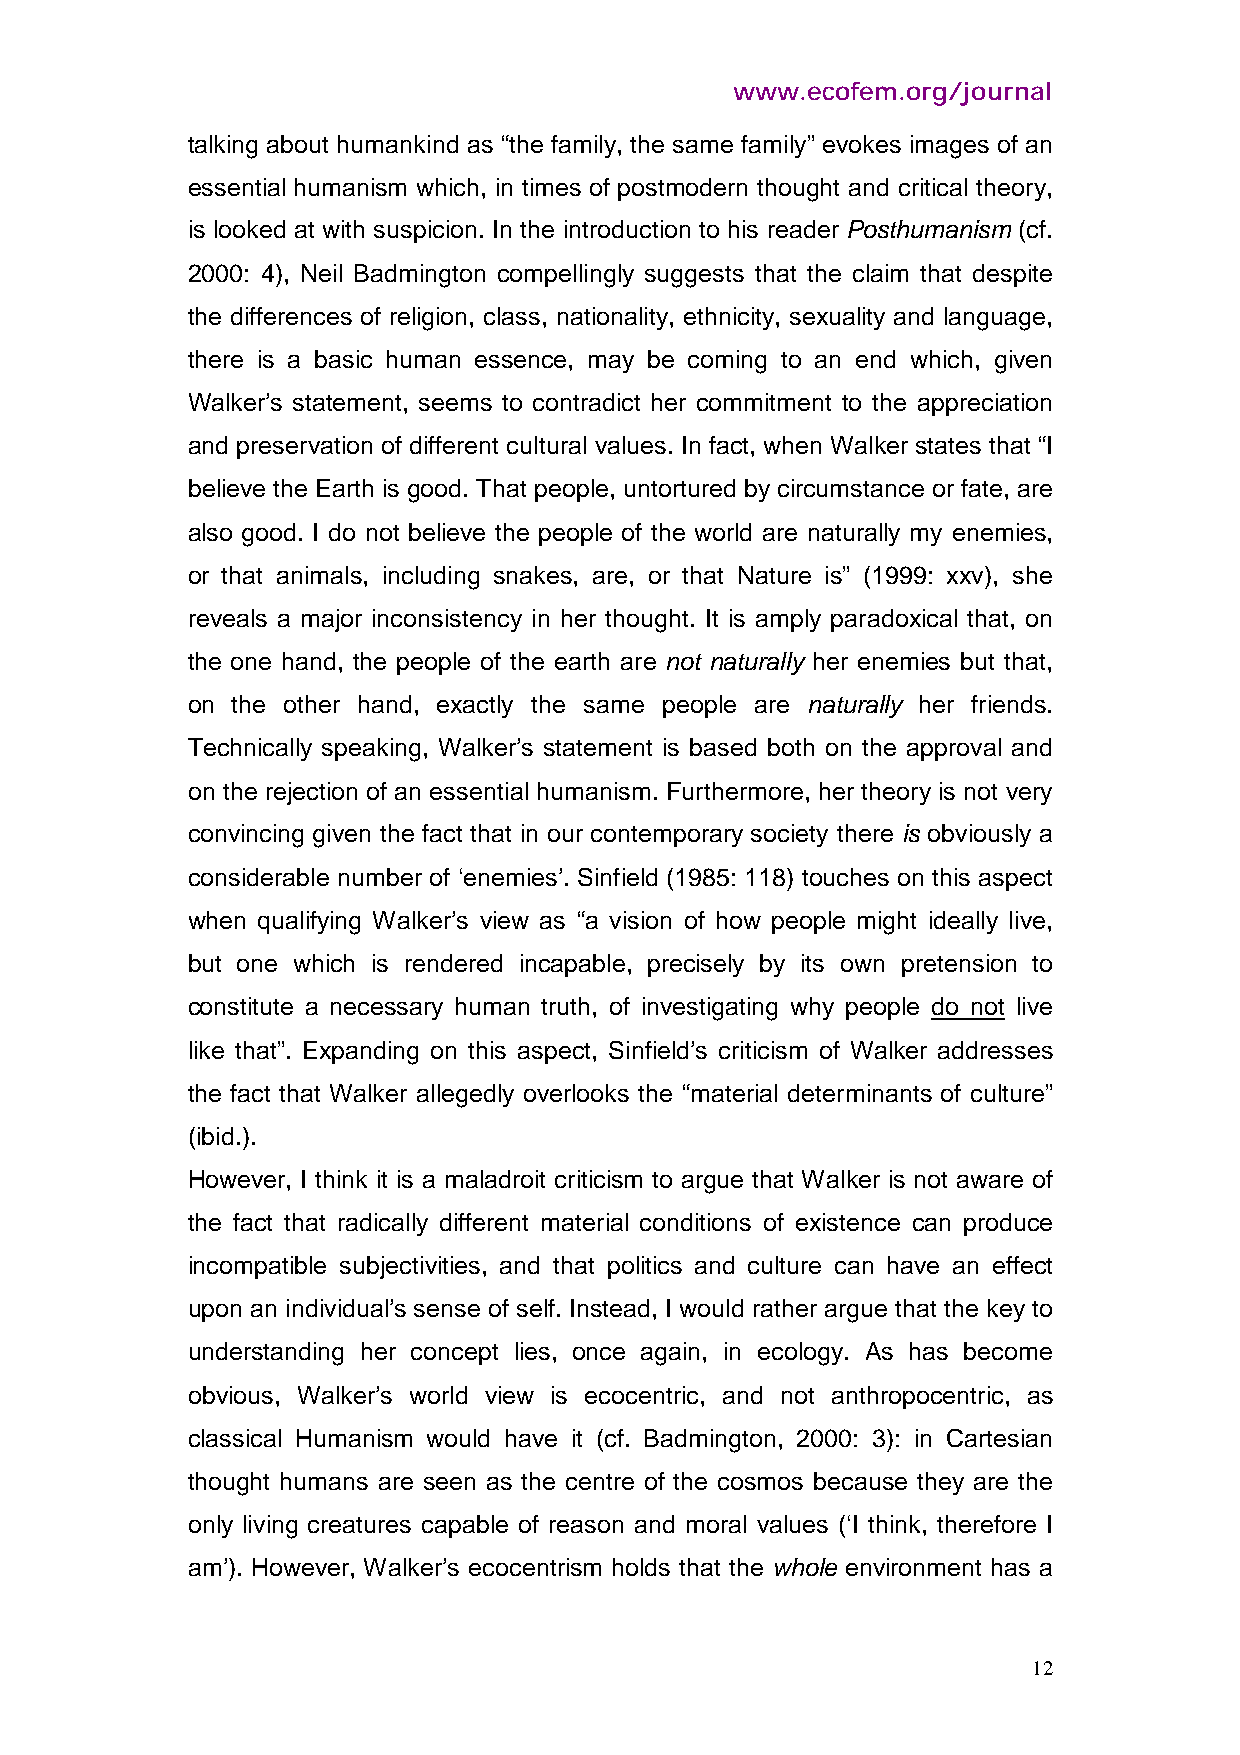
www.ecofem.org/journal
 talking about humankind as “the family, the same family” evokes images of an
 essential humanism which, in times of postmodern thought and critical theory,
 is looked at with suspicion. In the introduction to his reader Posthumanism (cf.
 2000: 4), Neil Badmington compellingly suggests that the claim that despite
 the differences of religion, class, nationality, ethnicity, sexuality and language,
 there is a basic human essence, may be coming to an end which, given
 Walker’s statement, seems to contradict her commitment to the appreciation
 and preservation of different cultural values. In fact, when Walker states that “I
 believe the Earth is good. That people, untortured by circumstance or fate, are
 also good. I do not believe the people of the world are naturally my enemies,
 or that animals, including snakes, are, or that Nature is” (1999: xxv), she
 reveals a major inconsistency in her thought. It is amply paradoxical that, on
 the one hand, the people of the earth are not naturally her enemies but that,
 on the other hand, exactly the same people are naturally her friends.
 Technically speaking, Walker’s statement is based both on the approval and
 on the rejection of an essential humanism. Furthermore, her theory is not very
 convincing given the fact that in our contemporary society there is obviously a
 considerable number of ‘enemies’. Sinfield (1985: 118) touches on this aspect
 when qualifying Walker’s view as “a vision of how people might ideally live,
 but one which is rendered incapable, precisely by its own pretension to
 constitute a necessary human truth, of investigating why people do not live
 like that”. Expanding on this aspect, Sinfield’s criticism of Walker addresses
 the fact that Walker allegedly overlooks the “material determinants of culture”
 (ibid.).
 However, I think it is a maladroit criticism to argue that Walker is not aware of
 the fact that radically different material conditions of existence can produce
 incompatible subjectivities, and that politics and culture can have an effect
 upon an individual’s sense of self. Instead, I would rather argue that the key to
 understanding her concept lies, once again, in ecology. As has become
 obvious, Walker’s world view is ecocentric, and not anthropocentric, as
 classical Humanism would have it (cf. Badmington, 2000: 3): in Cartesian
 thought humans are seen as the centre of the cosmos because they are the
 only living creatures capable of reason and moral values (‘I think, therefore I
 am’). However, Walker’s ecocentrism holds that the whole environment has a
 12